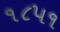
૧૮૫૧